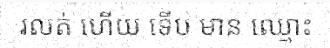
រលត់ ហើយ ទើប មាន ឈ្មោះ